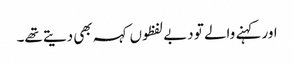
اور کہنے والے تو دبے لفظوں کہہ بھی دیتے تھے۔